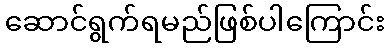
ဆောင်ရွက်ရမည်ဖြစ်ပါကြောင်း